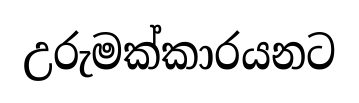
උරුමක්කාරයනට